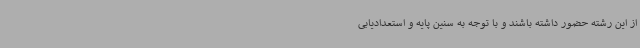
از این رشته حضور داشته باشند و با توجه به سنین پایه و استعدادیابی